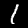
Label: 1